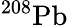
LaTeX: ^{208}\mathrm{{Pb}}